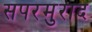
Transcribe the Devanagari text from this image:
सपरमुराद